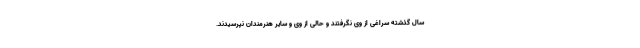
سال گذشته سراغی از وی نگرفتند و حالی از وی و سایر هنرمندان نپرسیدند.